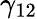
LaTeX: \gamma_{12}